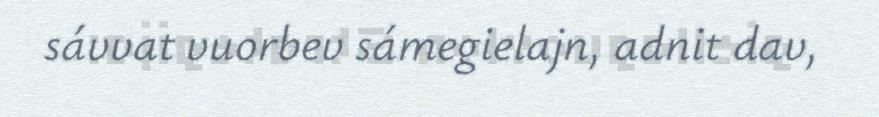
sávvat vuorbev sámegielajn, adnit dav,